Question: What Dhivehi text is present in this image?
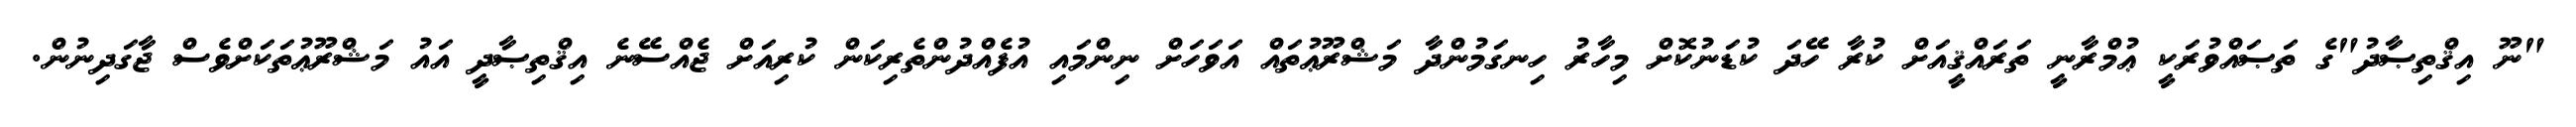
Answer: "ނޫ އިޤްތިޞާދު"ގެ ތަޞައްވުރަކީ ޢުމްރާނީ ތަރައްޤީއަށް ކުރާ ހޭދަ ކުޑަނުކޮށް މިހާރު ހިނގަމުންދާ މަޝްރޫޢުތައް އަވަހަށް ނިންމައި އުފެއްދުންތެރިކަން ކުރިއަށް ޖެއްސޭނެ އިޤްތިޞާދީ އައު މަޝްރޫޢުތަކަށްވެސް ޖާގަދިނުން.